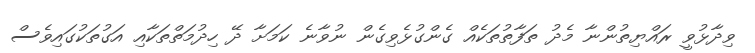
ވިދާޅުވީ ރައްޔިތުންނާ މެދު ތަފާތުތަކެއް ގެންގުޅެވިގެން ނުވާނެ ކަމަށާ ދޭ ހިދުމަތްތަކާއި އަގުތަކުގައިވެސް